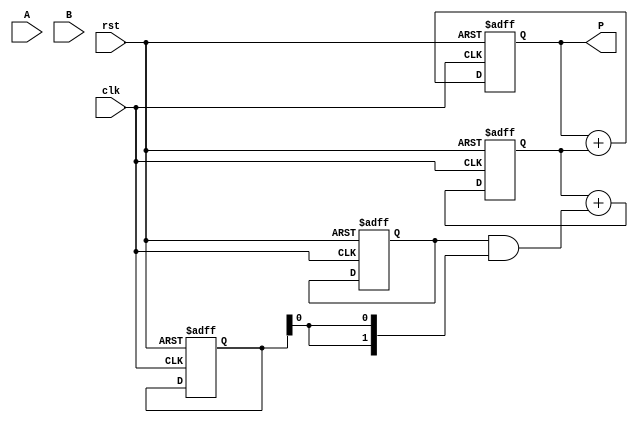
module systolic_multiplier #(parameter WIDTH = 2)(
    input  wire clk,
    input  wire rst,
    input  wire [WIDTH-1:0] A,
    input  wire [WIDTH-1:0] B,
    output reg [2*WIDTH-1:0] P
);

    reg [WIDTH-1:0] a_reg [0:WIDTH-1]; // Register for multiplicand bits
    reg [WIDTH-1:0] b_reg [0:WIDTH-1]; // Register for multiplier bits
    reg [2*WIDTH-1:0] pp [0:WIDTH-1];  // Partial product storage
    integer i, j;

    always @(posedge clk or posedge rst) begin
        if (rst) begin
            P <= 0;
            // Clear registers
            for(i = 0; i < WIDTH; i = i + 1) begin
                a_reg[i] <= 0;
                b_reg[i] <= 0;
                pp[i] <= 0;
            end
        end else begin
            // Load inputs into registers
            a_reg[0] <= A;
            b_reg[0] <= B;

            // Generate partial products in a systolic manner
            for (i = 0; i < WIDTH; i = i + 1) begin
                for (j = 0; j < WIDTH; j = j + 1) begin
                    if (i == 0 && j == 0) begin
                        pp[i] <= a_reg[i] & {WIDTH{b_reg[j][0]}}; // First PE calculation
                    end else if (j > 0) begin
                        pp[i] <= pp[i] + (a_reg[i] & {WIDTH{b_reg[j][0]}}); // Accumulate results
                    end
                end
            end

            // Accumulate final results
            P <= 0; // Clear final product register
            for (i = 0; i < WIDTH; i = i + 1) begin
                P <= P + pp[i]; // Accumulating partial products
            end
        end
    end

endmodule